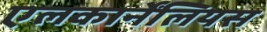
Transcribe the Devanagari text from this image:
एलकार्नेंलियस